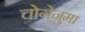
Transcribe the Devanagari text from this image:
चोगेनुमा